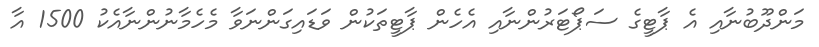
މަންދޫބުނާއި އެ ޕާޓީގެ ސަޕޯޓަރުންނާއި އެހެން ޕާޓީތަކުން ވަޑައިގަންނަވާ މެހެމާނުންނާއެކު 1500 އާ